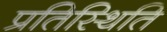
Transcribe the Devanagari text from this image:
प्रतिस्थिति